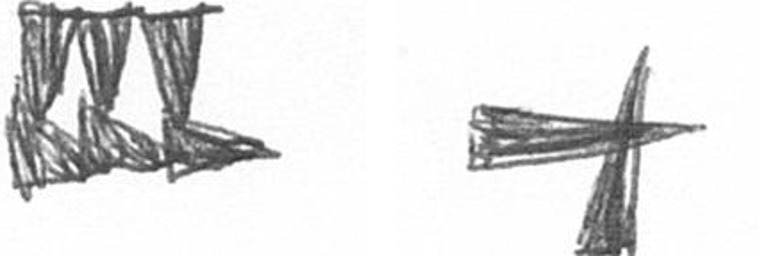
D G